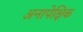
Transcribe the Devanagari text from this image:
अनापेक्षिक